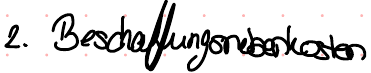
2. Beschaffungsnebenkosten